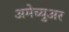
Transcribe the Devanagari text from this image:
अमेच्युअर